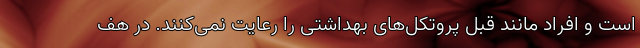
است و افراد مانند قبل پروتکل‌های بهداشتی را رعایت نمی‌کنند. در هف